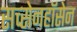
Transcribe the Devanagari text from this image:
सच्सेनहॉसेन